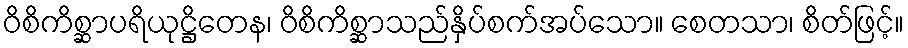
ဝိစိကိစ္ဆာပရိယုဋ္ဌိတေန၊ ဝိစိကိစ္ဆာသည်နှိပ်စက်အပ်သော။ စေတသာ၊ စိတ်ဖြင့်။